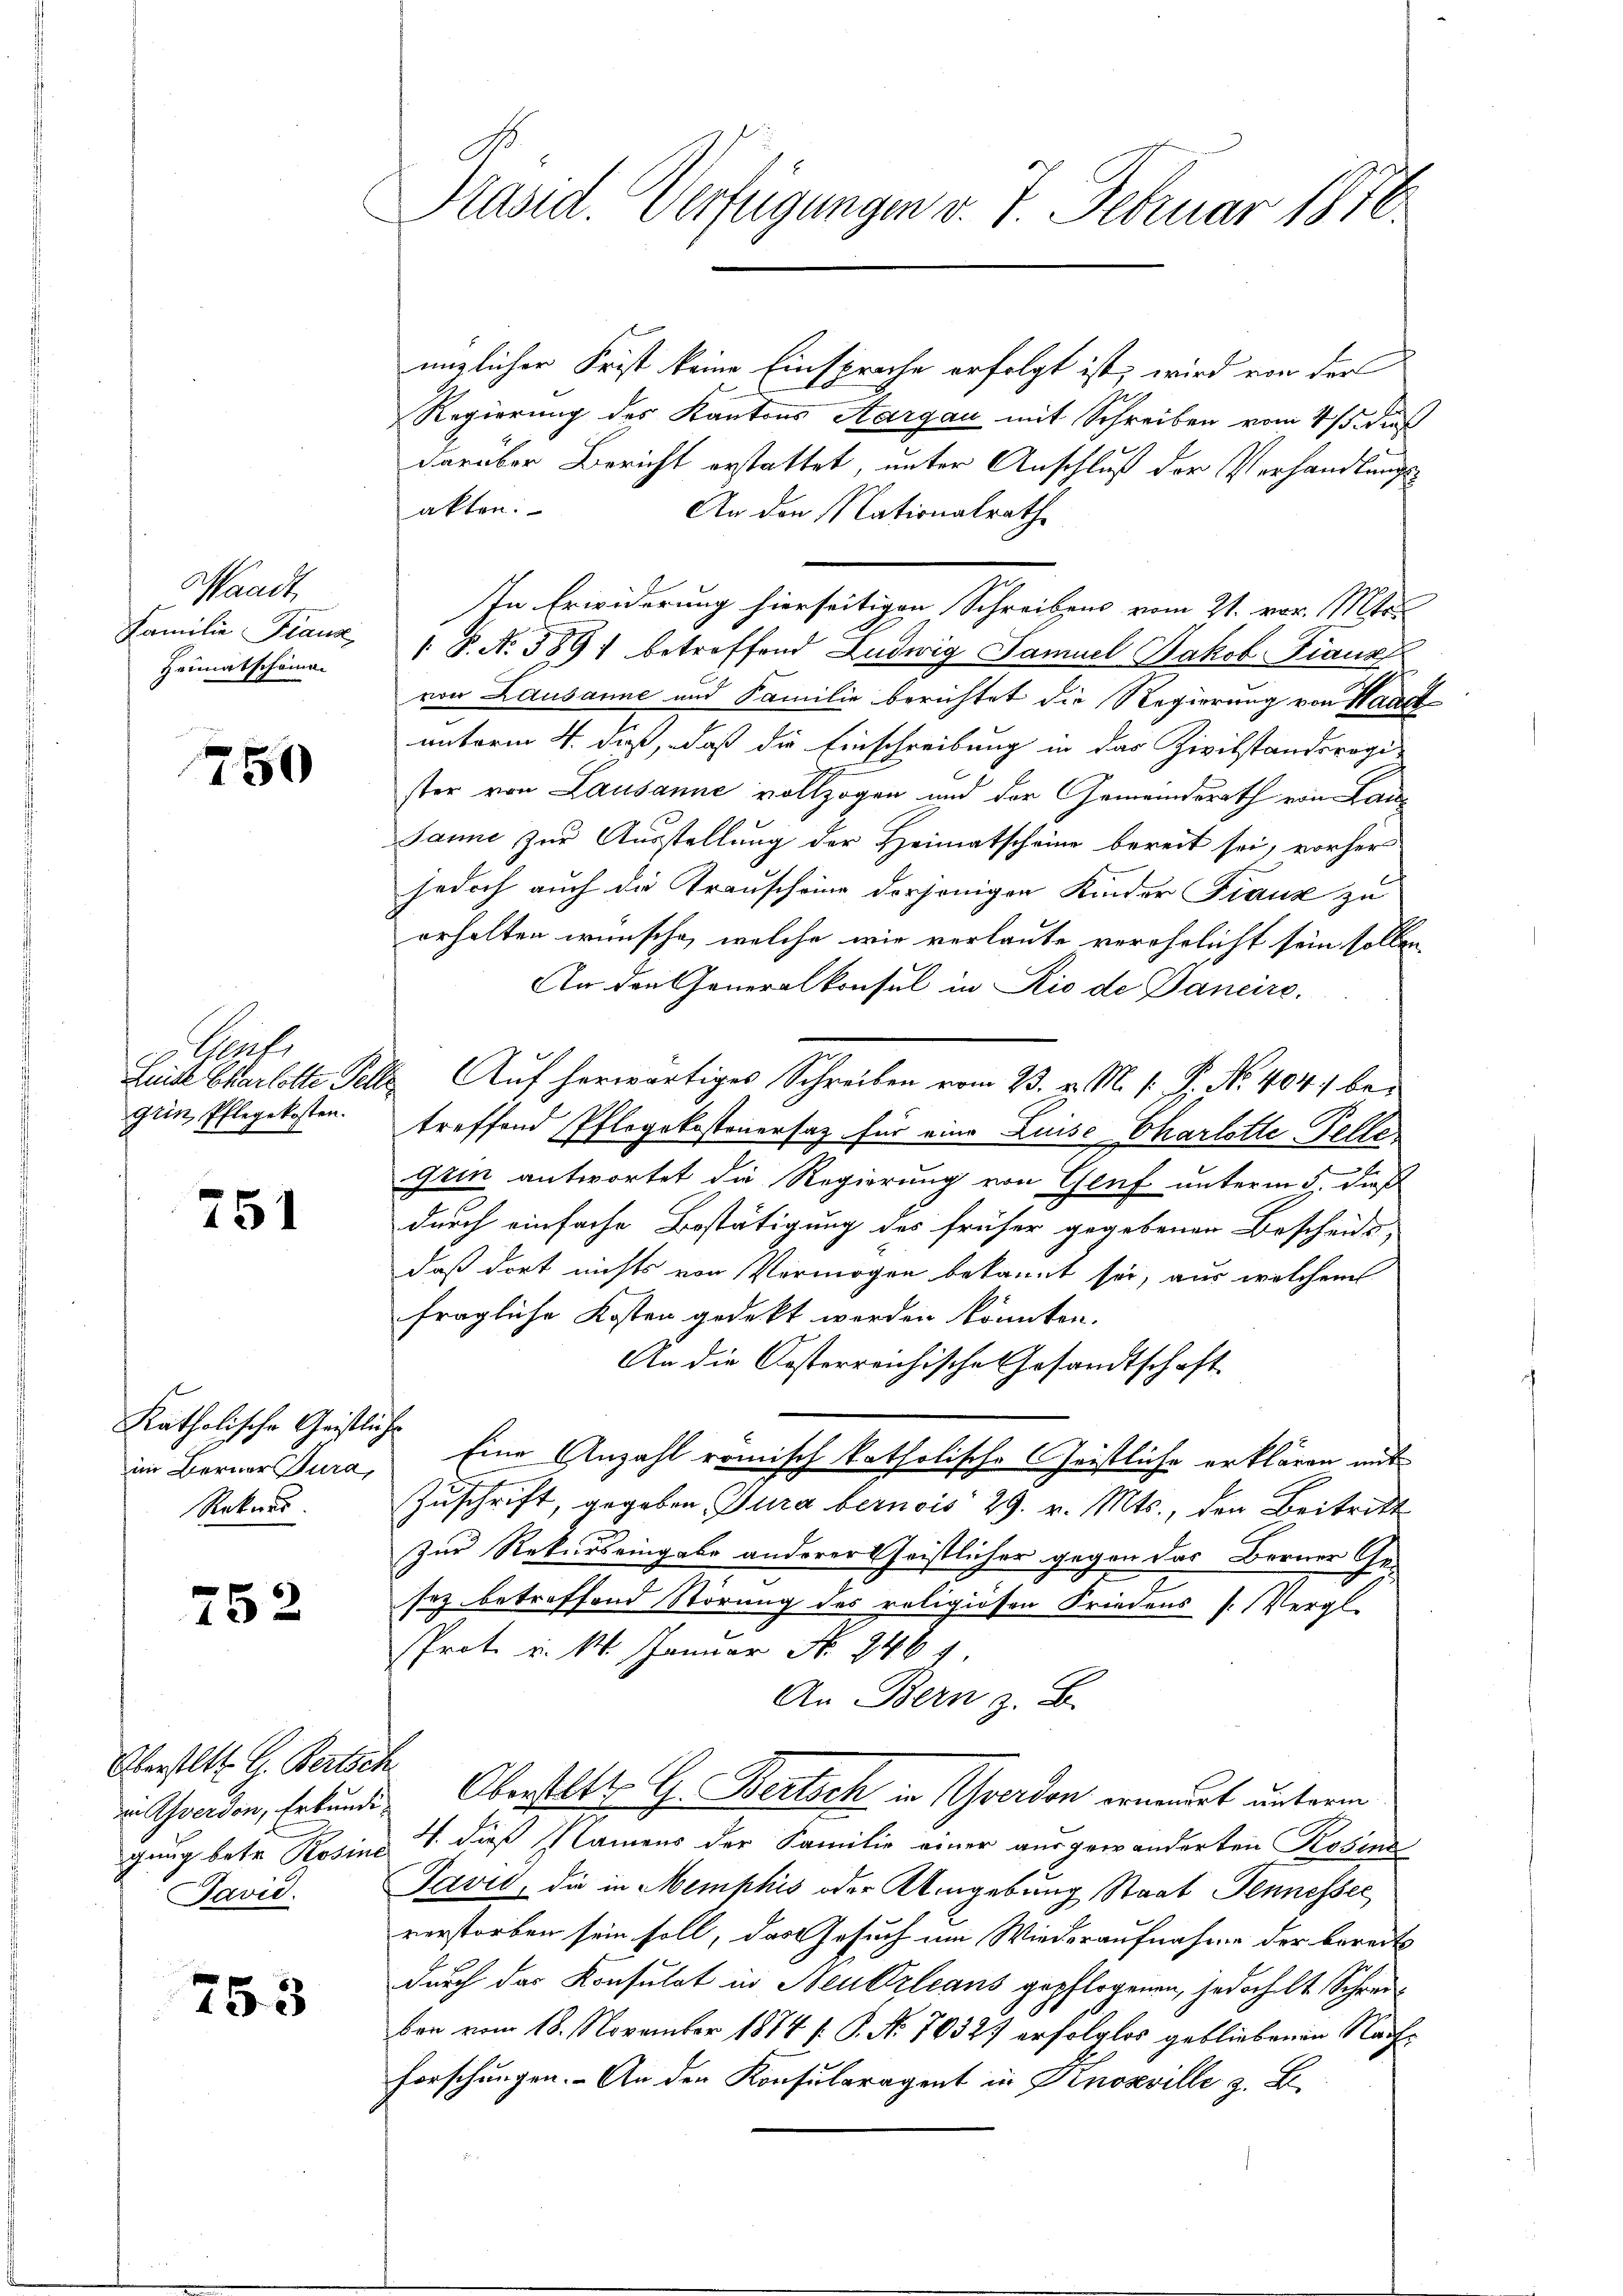
Waadt,
Familie Fraus
Heimatscheinen

750

Safs
grin, Pflegekosten.

751

Katholische Geistliche
Rekurs

752

Oberstatt. G. Bertsch
Javić.

753

Präsid. Verfügungen v. 7. Februar 1850.

ünzlicher Frist keine Einsprache erfolgt ist, wird von der
Regierung des Kantons Aargau mit Schreiben vom 4/5. dieß
darüber Bericht erstattet, unter Anschluß der Verhandlungsakten.
An den Nationalrath
In Erwiderung hierseitigen Schreibens vom 21. vor. Mts.
/ B. No 389) betreffend Ludwig Samuel Jakob Fiauzz
von Lausanne und Familie berichtet die Regierung von Haust
unterm 4. daß, daß die Einschreibung in das Zivilstanderogi-
ster von Lausanne vollzogen und der Gemeindsrath von Lan
Janne zur Ausstellung der Heimatscheine bereit sei, vorher
jedoch auch die Transcheine derjenigen Kinder Franz zu
erhalten wünsche, welche wir verlaute verehrlicht sein sollen
An den Generalkonsul in Rio de Dancire
Leide Charlotte Felle Auf herwärtiges Schreiben vom 23. v. M. v. P. Nr. 404, betreffend Pflegekostenersatz für eine Luise Charlotte Tellen
gein antwortet die Regierung von Genf unterm 5. dieß
durch einfache Bestätigung des früher gegebenen Bescheide
daß dort nichts von Vermögen bekannt sei, aus welchem
fragliche Kosten gedekt werden könnten.
An die Oesterreichische Gesandtschaft
im Berner Jura, Eine Anzahl römisch katholische Christliche erklären mit
Zuschrift, gegeben, Jura bernois 29. v. Mts., den Beitritt
Zur Rekurs eingabe anderer Christlicher gegen das Berner Ge-
sez betreffend Störung des religiosen Friedens [Vergl.
sProt. v. M. Januar No. 246 f
An Bern z. B.
in Schwerden, Erkunde Oberstatt G. Bertsch in Yverdon erneuert unterm
gung betr. Rosine 4. dieß Namens der Familie einer ausgewanderten Rosens
Javit, die in Memphis oder Umgebung Staat Tennesser
verstorben sein soll, das Gesuch um Wiederaufnahme der bereits
durch das Konsulat in Neu Orleans gepflogenen, jedochelt Schreiben vom 18. November 1874 (: P. No. 70327 erfolglos gebliebenen Nachforschungen. - An den Konsularagent in Knosville z. B.